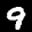
Label: 9